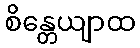
စိန္တေယျာထ